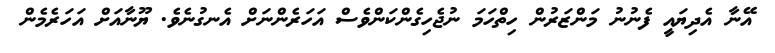
އޭނާ އެދިޔައީ ފެނުނު މަންޒަރުން ހިތްހަމަ ނުޖެހިގެންކަންވެސް އަހަރެންނަށް އެނގުނެވެ. ޔޫނާއަށް އަހަރެމެން